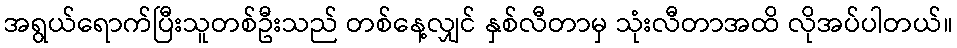
အရွယ်ရောက်ပြီးသူတစ်ဦးသည် တစ်နေ့လျှင် နှစ်လီတာမှ သုံးလီတာအထိ လိုအပ်ပါတယ်။